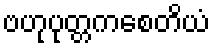
ဗဟုပုတ္တကစေတိယံ